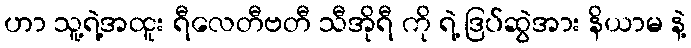
ဟာ သူ့ရဲ့အထူး ရီလေတီဗတီ သီအိုရီ ကို ရဲ့ ဒြပ်ဆွဲအား နိယာမ နဲ့